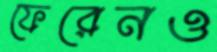
ফেরেনও